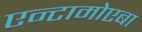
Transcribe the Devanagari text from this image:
एन्टामोएबा